[Report on the health of British troops in the Madras command]
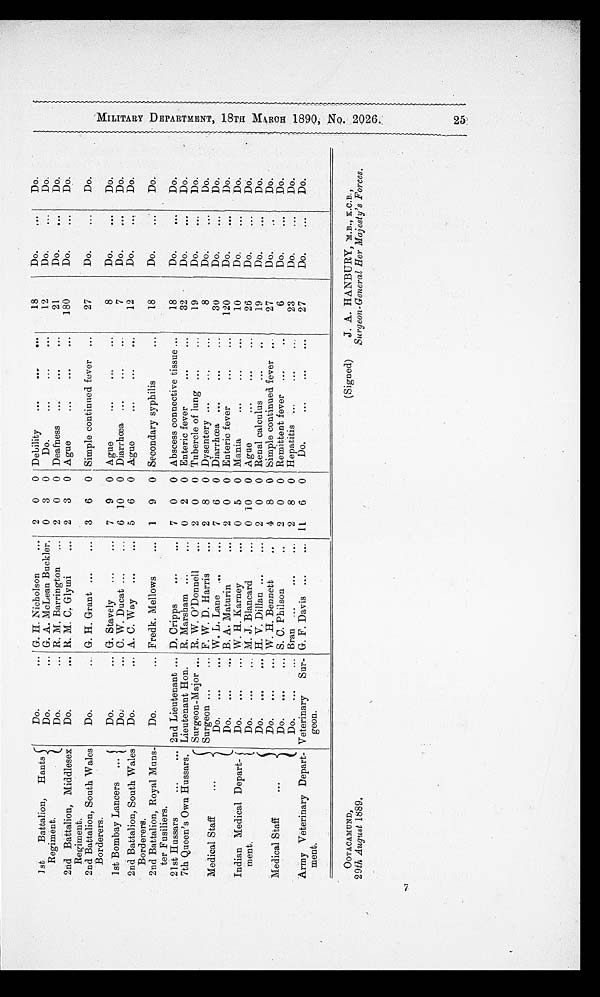
OOTACAMUND,
29th August 1889.
(Signed)
J. A. HANBURY,
K.C.B.,
Surgeon-General Her Majesty's Forces.
1st
Battalion,
Hants
Regiment.
Do.
G. H. Nicholson
2
0
0 Debility
18
Do.
Do.
Do.
G. A. McLean Buckler.
0
3
0
Do.
12
Do.
Do.
Do.
R. M. Barrington
2
0
0 Deafness
21
Do.
Do.
2nd Battalion, Middlesex
Regiment.
Do.
R. M. C. Glymi
2
3
0 Ague
180
Do.
Do.
2nd Battalion, South Wales
Borderers.
Do.
G. H. Grant
3
6
0 Simple continued fever
27
Do.
Do.
1st Bombay Lancers
Do.
G. Stavely
7
9
0 Ague
8
Do.
Do.
Do.
C. W. Ducat
6 10
0 Diarrhœa
7
Do.
Do.
2nd Battalion, South Wales
Borderers.
Do.
A. C. Way
5
6
0 Ague
12
Do.
Do.
2nd Battalion, Royal Muns-
ter Fusiliers.
Do.
Fredk. Mellows
1
9
0 Secondary syphilis
18
Do.
Do.
21st Hussars
2nd Lieutenant
D. Cripps
7
0
0 Abscess connective tissue
18
Do.
Do.
7th Queen's Own Hussars. Lieutenant Hon.
R. Marsham
0
2
0 Enteric fever
32
Do.
Do.
Medical Staff
Surgeon-Major
R. W. O'Donnell
2
0
0 Tubercle of lung
19
Do.
Do.
Surgeon
F. W. D. Harris
2
8
0 Dysentery
8
Do.
Do.
Do.
W. L. Lane
7
6
0 Diarrhœa
30
Do.
Do.
Do.
B. A. Maturin
2
0
0 Enteric fever
120
Do.
Do.
Indian Medical Depart-
ment.
Do.
W. H. Karney
0
5
0 Mania
10
Do.
Do.
Do.
M. J. Blancard
0 10
0 Ague
26
Do.
Do.
Medical Staff
Do.
H. V. Dillan
2
0
0 Renal calculus
19
Do.
Do.
Do.
W. H. Bennett
4
8
0 Simple continued fever
27
Do.
Do.
Do.
S. C. Philson
2
0
0 Remittent fever
6
Do.
Do.
Do.
Bran
2
8
0 Hepatitis
23
Do.
Do.
Army Veterinary Depart-
ment.
Veterinary
Sur-
geon.
G. F. Davis
11
6
0
Do.
27
Do.
Do.